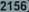
21556